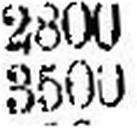
3500